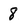
Character: 8